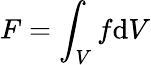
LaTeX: F=\int_{V}f\mathrm{d}V